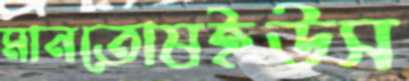
মানতোষইউস